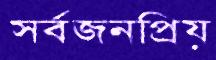
সর্বজনপ্রিয়